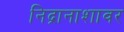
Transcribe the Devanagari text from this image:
निद्रानाशावर